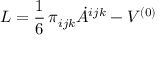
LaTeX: { \cal L } = \frac { 1 } { 6 } \, \pi _ { i j k } \dot { A } ^ { i j k } - V ^ { ( 0 ) }